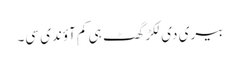
بیری دی لکڑ گھٹ ہی کم آؤندی سی۔